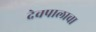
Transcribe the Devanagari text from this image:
देवपालाचा